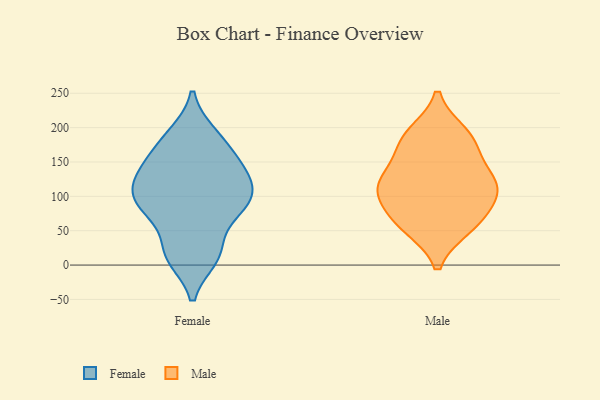
{"axis": {"x": "Population (Million)", "y": "Value"}, "legend": ["Female", "Male"], "data": [{"x": "", "y": 89, "type": "Female"}, {"x": "", "y": 21, "type": "Female"}, {"x": "", "y": 190, "type": "Female"}, {"x": "", "y": 167, "type": "Female"}, {"x": "", "y": 138, "type": "Female"}, {"x": "", "y": 11, "type": "Female"}, {"x": "", "y": 75, "type": "Female"}, {"x": "", "y": 132, "type": "Female"}, {"x": "", "y": 112, "type": "Female"}, {"x": "", "y": 93, "type": "Female"}, {"x": "", "y": 110, "type": "Male"}, {"x": "", "y": 62, "type": "Male"}, {"x": "", "y": 190, "type": "Male"}, {"x": "", "y": 106, "type": "Male"}, {"x": "", "y": 121, "type": "Male"}, {"x": "", "y": 56, "type": "Male"}, {"x": "", "y": 112, "type": "Male"}, {"x": "", "y": 67, "type": "Male"}, {"x": "", "y": 132, "type": "Male"}, {"x": "", "y": 178, "type": "Male"}, {"x": "", "y": 179, "type": "Male"}]}